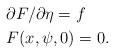
LaTeX: \begin{align*}&\partial F/\partial \eta = f\\&F(x, \psi, 0) = 0.\end{align*}